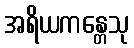
အရိယကန္တေသု